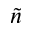
\tilde { n }